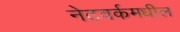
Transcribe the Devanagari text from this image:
नेटवर्कमधील